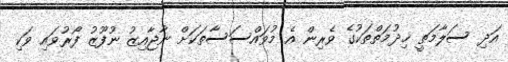
އަދި ސަލާމަތީ ޚިދުމަތްތަކުގެ ވެރިން އެ މުވައްސަސާތަކަށް ނާޖާއިޒު ނުފޫޒު ފޯރުވައި ވަކި